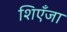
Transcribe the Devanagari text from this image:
शिएँजा